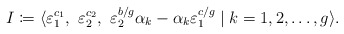
\begin{align*}I \coloneqq \langle \varepsilon_1^{c_1},\ \varepsilon_2^{c_2},\ \varepsilon_2^{b/g}\alpha_k - \alpha_k \varepsilon_1^{c/g}\mid k=1,2,\dots, g \rangle.\end{align*}